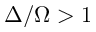
\Delta / \Omega > 1